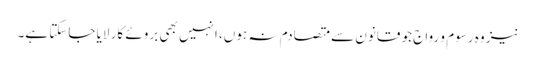
نیز وہ رسوم و رواج جو قانون سے متصادم نہ ہوں، انہیں بھی بروئے کار لایا جاسکتا ہے۔